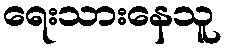
ရေးသားနေသူ